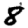
Digit: 8